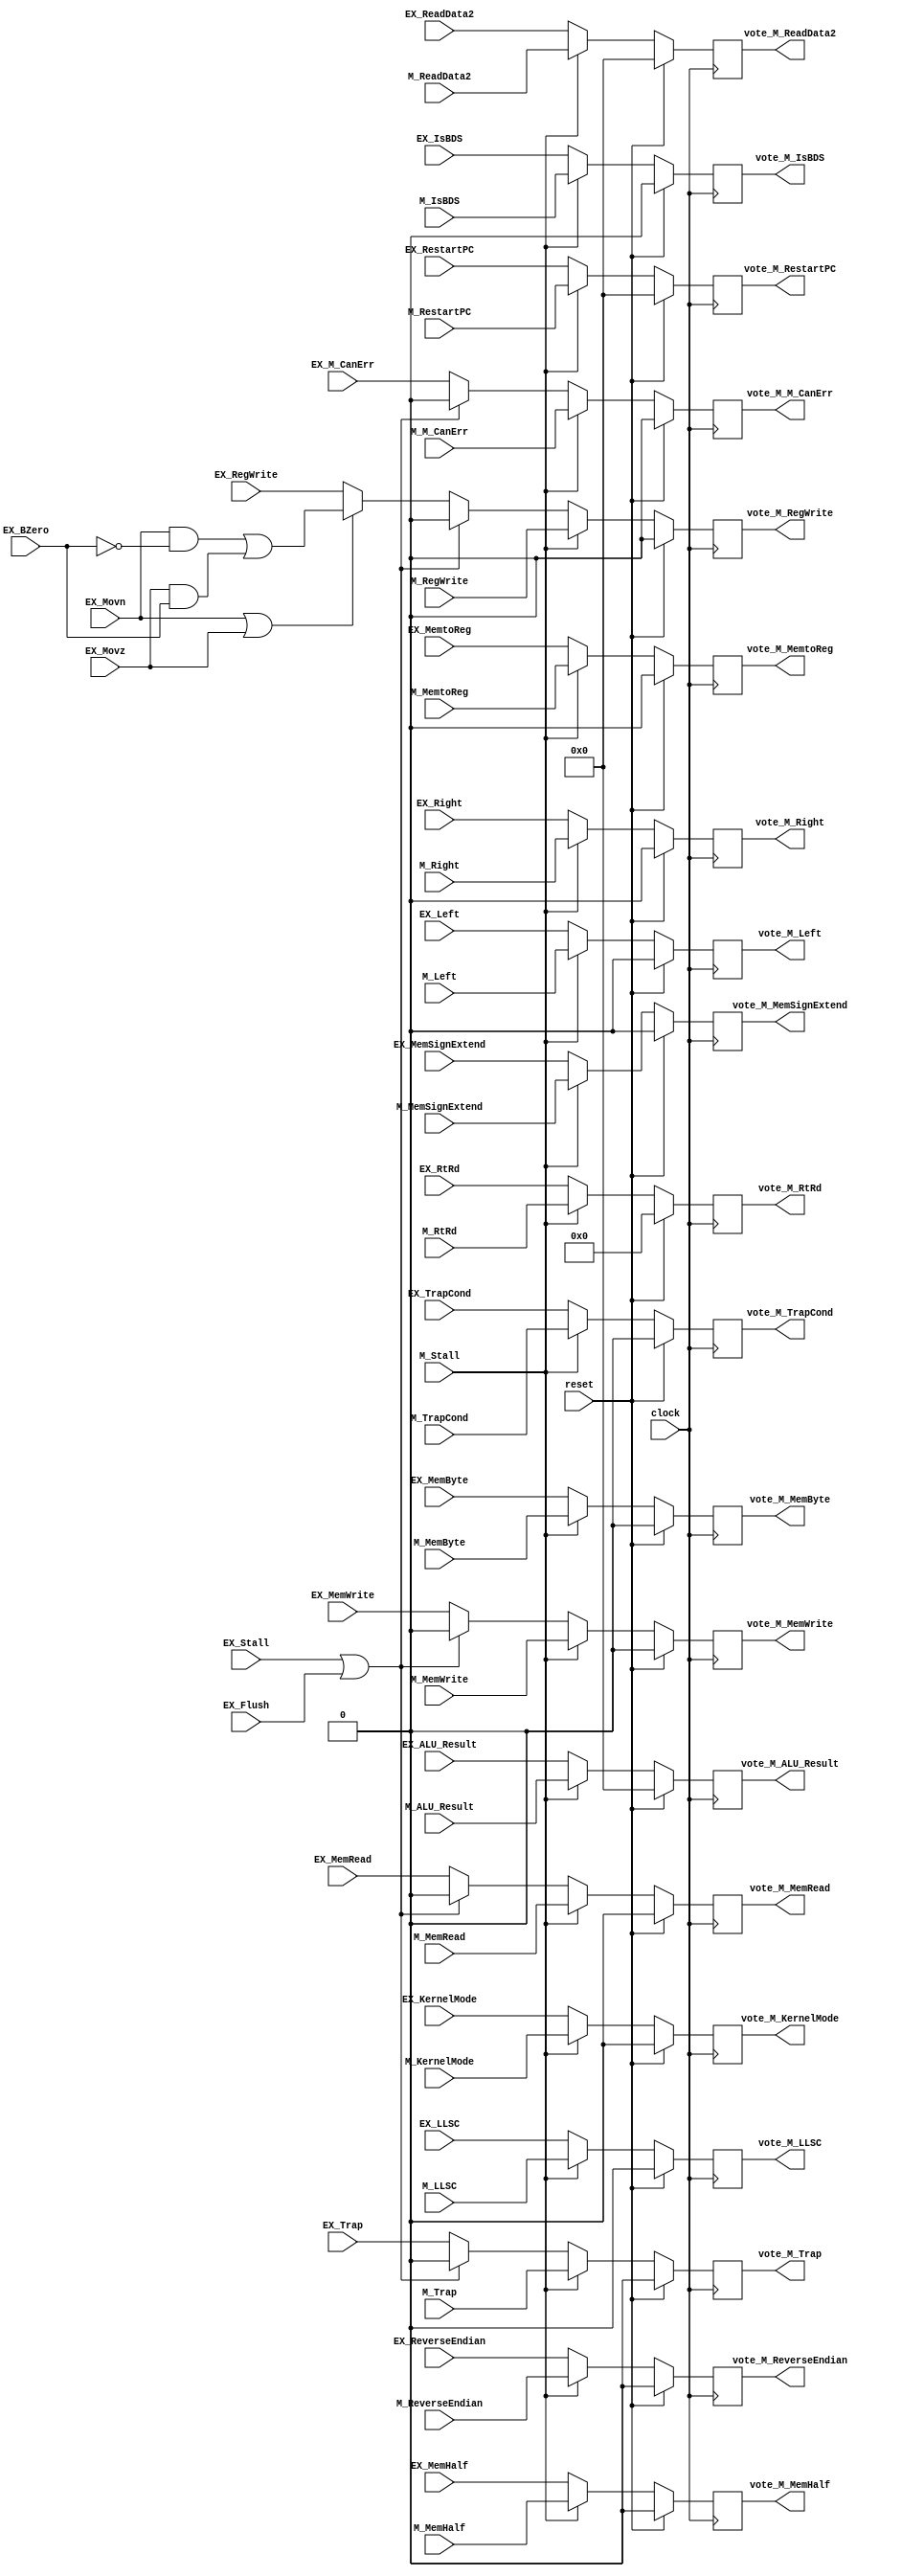
module EXMEM_Stage(
    input  clock,
    input  reset,
    input  EX_Flush,
    input  EX_Stall,
    input  M_Stall,
    // Control Signals
    input  EX_Movn,
    input  EX_Movz,
    input  EX_BZero,
    input  EX_RegWrite,  // Future Control to WB
    input  EX_MemtoReg,  // Future Control to WB
    input  EX_ReverseEndian,
    input  EX_LLSC,
    input  EX_MemRead,
    input  EX_MemWrite,
    input  EX_MemByte,
    input  EX_MemHalf,
    input  EX_MemSignExtend,
    input  EX_Left,
    input  EX_Right,
    // Exception Control/Info
    input  EX_KernelMode,
    input  [31:0] EX_RestartPC,
    input  EX_IsBDS,
    input  EX_Trap,
    input  EX_TrapCond,
    input  EX_M_CanErr,
    // Data Signals
    input  [31:0] EX_ALU_Result,
    input  [31:0] EX_ReadData2,
    input  [4:0]  EX_RtRd,
    // Voter Signals for Registers
    input M_RegWrite,
    input M_MemtoReg,
    input M_ReverseEndian,
    input M_LLSC,
    input M_MemRead,
    input M_MemWrite,
    input M_MemByte,
    input M_MemHalf,
    input M_MemSignExtend,
    input M_Left,
    input M_Right,
    input M_KernelMode,
    input [31:0] M_RestartPC,
    input M_IsBDS,
    input M_Trap,
    input M_TrapCond,
    input M_M_CanErr,
    input [31:0] M_ALU_Result,
    input [31:0] M_ReadData2,
    input [4:0]  M_RtRd,
	 output reg vote_M_RegWrite,
    output reg vote_M_MemtoReg,
    output reg vote_M_ReverseEndian,
    output reg vote_M_LLSC,
    output reg vote_M_MemRead,
    output reg vote_M_MemWrite,
    output reg vote_M_MemByte,
    output reg vote_M_MemHalf,
    output reg vote_M_MemSignExtend,
    output reg vote_M_Left,
    output reg vote_M_Right,
    output reg vote_M_KernelMode,
    output reg [31:0] vote_M_RestartPC,
    output reg vote_M_IsBDS,
    output reg vote_M_Trap,
    output reg vote_M_TrapCond,
    output reg vote_M_M_CanErr,
    output reg [31:0] vote_M_ALU_Result,
    output reg [31:0] vote_M_ReadData2,
    output reg [4:0]  vote_M_RtRd
    );

    /***
     The purpose of a pipeline register is to capture data from one pipeline stage
     and provide it to the next pipeline stage. This creates at least one clock cycle
     of delay, but reduces the combinatorial path length of signals which allows for
     higher clock speeds.

     All pipeline registers update unless the forward stage is stalled. When this occurs
     or when the current stage is being flushed, the forward stage will receive data that
     is effectively a NOP and causes nothing to happen throughout the remaining pipeline
     traversal. In other words:

     A stall masks all control signals to forward stages. A flush permanently clears
     control signals to forward stages (but not certain data for exception purposes).
    ***/

    // Mask of RegWrite if a Move Conditional failed.
    wire MovcRegWrite = (EX_Movn & ~EX_BZero) | (EX_Movz & EX_BZero);

    always @(posedge clock) begin
        vote_M_RegWrite      <= (reset) ? 1'b0  : ((M_Stall) ? M_RegWrite      : ((EX_Stall | EX_Flush) ? 1'b0 : ((EX_Movn | EX_Movz) ? MovcRegWrite : EX_RegWrite)));
        vote_M_MemtoReg      <= (reset) ? 1'b0  : ((M_Stall) ? M_MemtoReg                                      : EX_MemtoReg);
        vote_M_ReverseEndian <= (reset) ? 1'b0  : ((M_Stall) ? M_ReverseEndian                                 : EX_ReverseEndian);
        vote_M_LLSC          <= (reset) ? 1'b0  : ((M_Stall) ? M_LLSC                                          : EX_LLSC);
        vote_M_MemRead       <= (reset) ? 1'b0  : ((M_Stall) ? M_MemRead       : ((EX_Stall | EX_Flush) ? 1'b0 : EX_MemRead));
        vote_M_MemWrite      <= (reset) ? 1'b0  : ((M_Stall) ? M_MemWrite      : ((EX_Stall | EX_Flush) ? 1'b0 : EX_MemWrite));
        vote_M_MemByte       <= (reset) ? 1'b0  : ((M_Stall) ? M_MemByte                                       : EX_MemByte);
        vote_M_MemHalf       <= (reset) ? 1'b0  : ((M_Stall) ? M_MemHalf                                       : EX_MemHalf);
        vote_M_MemSignExtend <= (reset) ? 1'b0  : ((M_Stall) ? M_MemSignExtend                                 : EX_MemSignExtend);
        vote_M_Left          <= (reset) ? 1'b0  : ((M_Stall) ? M_Left                                          : EX_Left);
        vote_M_Right         <= (reset) ? 1'b0  : ((M_Stall) ? M_Right                                         : EX_Right);
        vote_M_KernelMode    <= (reset) ? 1'b0  : ((M_Stall) ? M_KernelMode                                    : EX_KernelMode);
        vote_M_RestartPC     <= (reset) ? 32'b0 : ((M_Stall) ? M_RestartPC                                     : EX_RestartPC);
        vote_M_IsBDS         <= (reset) ? 1'b0  : ((M_Stall) ? M_IsBDS                                         : EX_IsBDS);
        vote_M_Trap          <= (reset) ? 1'b0  : ((M_Stall) ? M_Trap          : ((EX_Stall | EX_Flush) ? 1'b0 : EX_Trap));
        vote_M_TrapCond      <= (reset) ? 1'b0  : ((M_Stall) ? M_TrapCond                                      : EX_TrapCond);
        vote_M_M_CanErr      <= (reset) ? 1'b0  : ((M_Stall) ? M_M_CanErr      : ((EX_Stall | EX_Flush) ? 1'b0 : EX_M_CanErr));
        vote_M_ALU_Result    <= (reset) ? 32'b0 : ((M_Stall) ? M_ALU_Result                                    : EX_ALU_Result);
        vote_M_ReadData2     <= (reset) ? 32'b0 : ((M_Stall) ? M_ReadData2                                     : EX_ReadData2);
        vote_M_RtRd          <= (reset) ? 5'b0  : ((M_Stall) ? M_RtRd                                          : EX_RtRd);
    end

endmodule